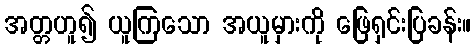
အတ္တဟူ၍ ယူကြသော အယူမှားကို ဖြေရှင်းပြခန်း။